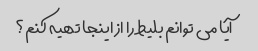
آیا می توانم بلیط را از اینجا تهیه کنم؟